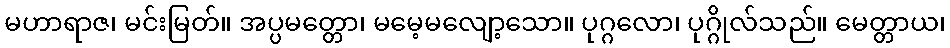
မဟာရာဇ၊ မင်းမြတ်။ အပ္ပမတ္တော၊ မမေ့မလျော့သော။ ပုဂ္ဂလော၊ ပုဂ္ဂိုလ်သည်။ မေတ္တာယ၊